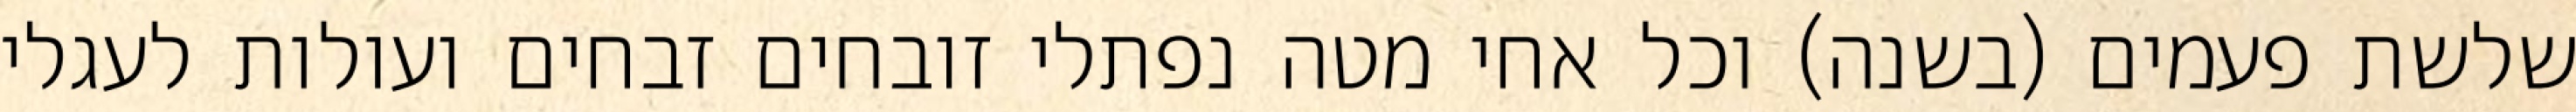
שלשת פעמים (בשנה) וכל אחי מטה נפתלי זובחים זבחים ועולות לעגלי